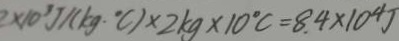
2 \times 1 0 ^ { 3 } J / ( k g \cdot ^ { \circ } C ) \times 2 k g \times 1 0 ^ { \circ } C = 8 . 4 \times 1 0 ^ { 4 } J